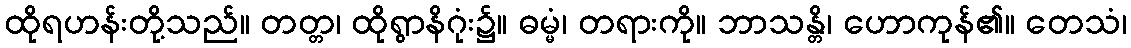
ထိုရဟန်းတို့သည်။ တတ္တ၊ ထိုရွာနိဂုံး၌။ ဓမ္မံ၊ တရားကို။ ဘာသန္တိ၊ ဟောကုန်၏။ တေသံ၊